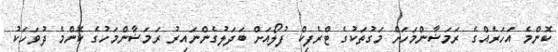
ކޮންމެ އަހަރެެއްގެ ރަމަޟާންމަހަށް މަގުތަކުގެ ޓްރެފިކް ފުލޯއަށް ބަދަލުގެންނައިރު ރަމަޟާންމަހުގެ ކޮންމެ ދުވަހަކު